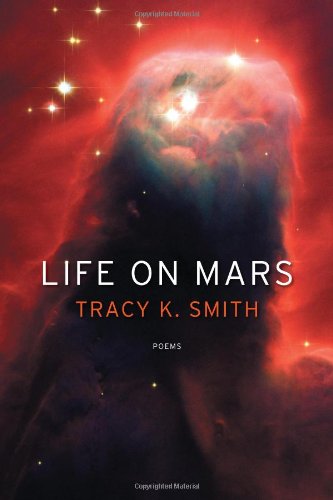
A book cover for Life on Mars: Poems; Tracy K. Smith; Literature & Fiction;